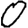
Digit: 0